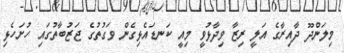
މިލަންދޫ ދާއިރާގެ އަލީ ރިޒާ ވިދާޅުވީ މިއީ ކަނޑައެޅިގެން ވަގުތުގެ ޖަޒުބާތުގައި ހުށަހެޅި